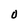
Character: O